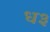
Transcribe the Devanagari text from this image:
ध३